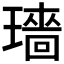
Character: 𬎓